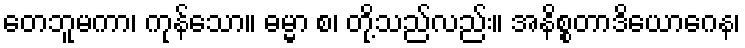
တေဘူမကာ၊ ကုန်သော။ ဓမ္မာ စ၊ တို့သည်လည်း။ အနိစ္စတာဒိယောဂေန၊